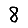
Digit: 8